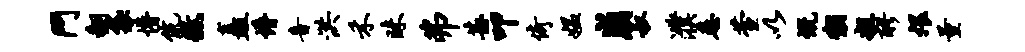
斗翻袋懵伉征矗懵音洪禾昧弗甚叩倚媪崩叔濮悉萱以慨黼粗醪煨量